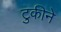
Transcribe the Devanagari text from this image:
टुकीने